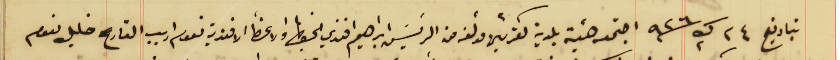
بتاريخ  ٢٤ ك٢ سنة  ٩٢٦ اجتمع هيئة بلدية كفرشيما مؤلفه من الرئيسَ ابراهيم افندي الخياط والاعضأ الافندية نعوم اديب القارح خليل نعوم